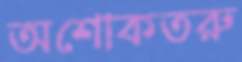
অশোকতরু